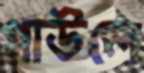
গাউলে